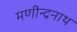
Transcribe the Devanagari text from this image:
मणीन्द्रनाथ